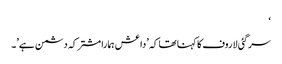
‘
سرگئی لاروف کا کہنا تھا کہ \’داعش ہمارا مشترکہ دشمن ہے\’۔